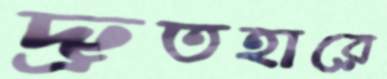
দ্রুতহারে